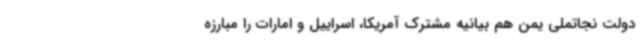
دولت نجاتملی یمن هم بیانیه مشترک آمریکا، اسراییل و امارات را مبارزه